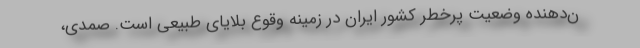
ن‌دهنده وضعیت پرخطر کشور ایران در زمینه وقوع بلایای طبیعی است. صمدی،